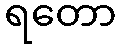
ရတော